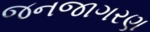
જનજાગરણ